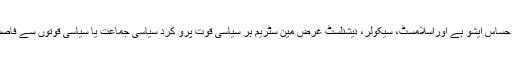
ترکی میں یہ بڑا حساس ایشو ہے اوراسلامسٹ، سیکولر، نیشنلسٹ غرض مین سٹریم ہر سیاسی قوت پرو کرد سیاسی جماعت یا سیاسی قوتوں سے فاصلے پر رہتی ہے۔